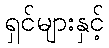
ရှင်များနှင့်